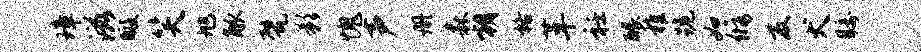
璋滋暇笑旭觚甓影愧声册森朝格革衽醵稚跪如修反犬瞩